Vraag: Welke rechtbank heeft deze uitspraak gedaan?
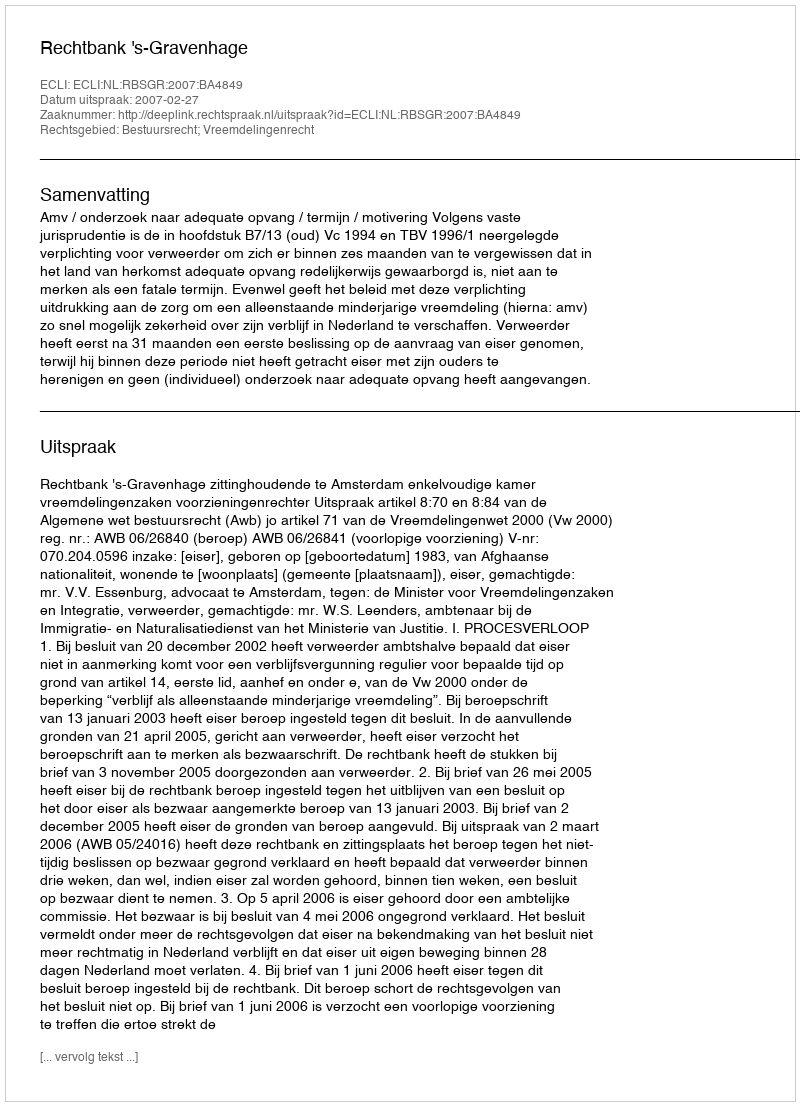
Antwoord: Rechtbank 's-Gravenhage